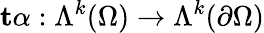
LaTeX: \textbf{t}\alpha:\Lambda^{k}(\Omega)\to\Lambda^{k}(\partial\Omega)